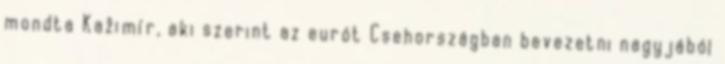
mondta Kažimír, aki szerint az eurót Csehországban bevezetni nagyjából